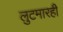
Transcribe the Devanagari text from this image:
लुटमारही